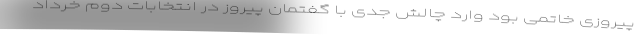
پیروزی خاتمی بود وارد چالش جدی با گفتمان پیروز در انتخابات دوم خرداد